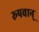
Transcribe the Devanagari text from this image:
रूपवान्